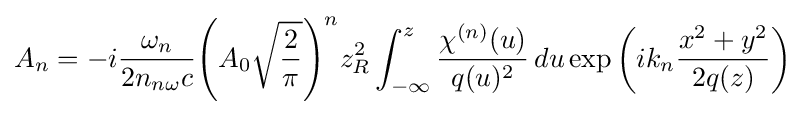
A_{n}=-i{\frac {\omega _{n}}{2n_{n\omega }c}}{\left(A_{0}{\sqrt {\frac {2}{\pi }}}\right)^{n}}z_{R}^{2}\int _{-\infty }^{z}{\frac {\chi ^{(n)}(u)}{q(u)^{2}}}\,du\exp \left(ik_{n}{\frac {x^{2}+y^{2}}{2q(z)}}\right)